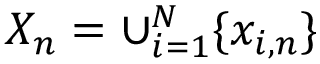
X _ { n } = \cup _ { i = 1 } ^ { N } \{ x _ { i , n } \}